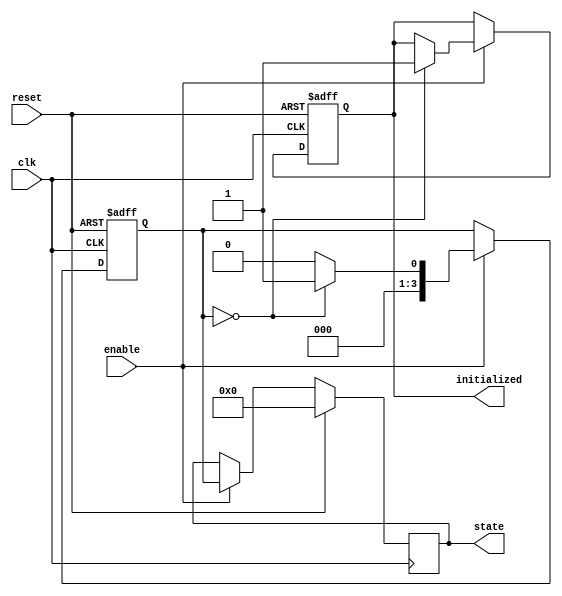
module ClockCycleInitialization (
    input wire clk,          // Clock signal
    input wire reset,        // Active-high reset signal
    input wire enable,       // Enable signal for initialization
    output reg initialized,  // Indicates if initialization is complete
    output reg [3:0] state   // Example state output (4 bits)
);

// State encoding
localparam IDLE       = 4'b0000;
localparam INITIALIZE = 4'b0001;
// Additional states can be added as needed

// Internal signal for state
reg [3:0] current_state, next_state;

// Synchronous state transition
always @(posedge clk or posedge reset) begin
    if (reset) begin
        // Reset the state and outputs when reset is activated
        current_state <= IDLE;
        initialized <= 1'b0;
    end else if (enable) begin
        // Update state on clock edge if enabled
        current_state <= next_state;
        initialized <= (current_state == IDLE) ? 1'b1 : initialized; // Initialization condition
    end
end

// Combinatorial logic for next state
always @(*) begin
    case (current_state)
        IDLE: begin
            if (enable) begin
                next_state = INITIALIZE; // Transition to initialize state
            end else begin
                next_state = IDLE; // Stay in IDLE if not enabled
            end
        end
        INITIALIZE: begin
            // Perform initialization logic here and update state as needed
            next_state = IDLE; // Example: return to IDLE after initialization
        end
        default: begin
            next_state = IDLE; // Default to IDLE on unknown states
        end
    endcase
end

// Output state representation
always @(posedge clk) begin
    if (reset) begin
        state <= 4'b0000; // Default state when reset is activated
    end else if (enable) begin
        state <= current_state; // Update state output according to current state
    end
end

endmodule